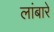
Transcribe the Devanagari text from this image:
लांबारे